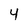
Character: 4